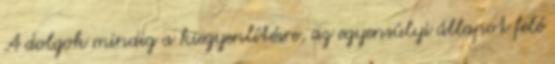
A dolgok mindig a kiegyenlítésre, az egyensúlyi állapot felé